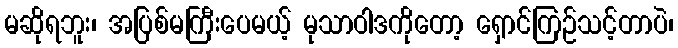
မဆိုရဘူး၊ အပြစ်မကြီးပေမယ့် မုသာဝါဒကိုတော့ ရှောင်ကြဉ်သင့်တာပဲ၊